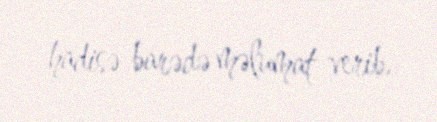
hadisə barədə məlumat verib.